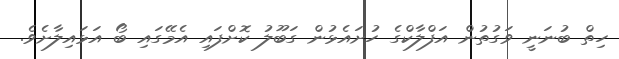
ހިތް ބުނަނީ ވަގުތުން އަފްލާކްގެ ހުށައެޅުން ގަބޫލު ކޮށްފައި އެމޭގައި ބޯ އަޅައިލާށެވެ.